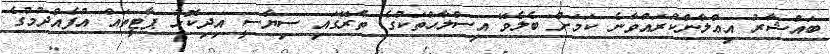
ބައްޝާރު އިޢްލާންކުރައްވާނެ ކަމަށް ބެލެވޭ އިސްލާޙްތަކުގެ ތެރޭގައި ސިޔާސީ އިދިކޮޅު ޕާޓީތައް އުފެއްދުުމުގެ